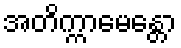
အတိက္ကာမေန္တော